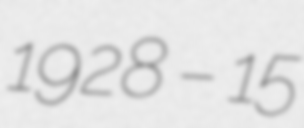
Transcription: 1928 – 15